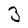
Character: 3